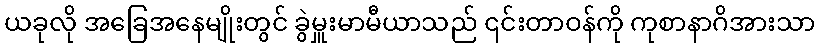
ယခုလို အခြေအနေမျိုးတွင် ခွဲမှူးမာမီယာသည် ၎င်းတာဝန်ကို ကုစာနာဂိအားသာ